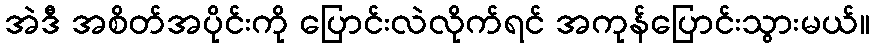
အဲဒီ အစိတ်အပိုင်းကို ပြောင်းလဲလိုက်ရင် အကုန်ပြောင်းသွားမယ်။